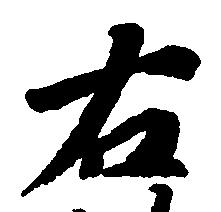
右